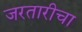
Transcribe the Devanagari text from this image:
जरतारीचा